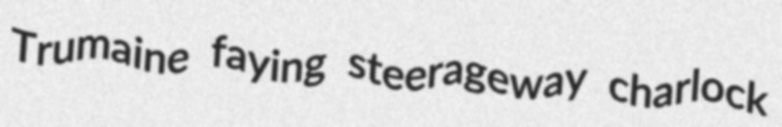
Trumaine faying steerageway charlock